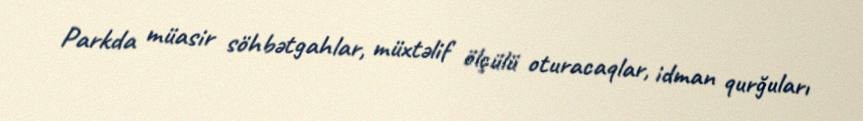
Parkda müasir söhbətgahlar, müxtəlif ölçülü oturacaqlar, idman qurğuları